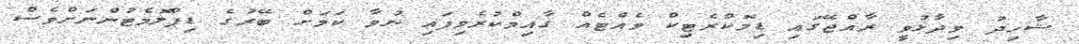
ޝާހިދު ވިދާޅުވީ ރާއްޖޭގައި ޑިމޮކްރެޓިކް ވެއްޓެއް ގާއިމްކުރެވިފައި ނުވާ ކަމަށް ބޭރުގެ ޑިޕްލޮމެޓުންނަށްވެސް